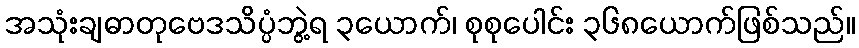
အသုံးချဓာတုဗေဒသိပ္ပံဘွဲ့ရ ၃ယောက်၊ စုစုပေါင်း ၃၆၈ယောက်ဖြစ်သည်။